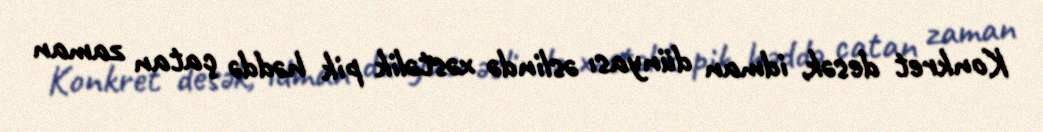
Konkret desək, idman dünyası əslində xəstəlik pik həddə çatan zaman